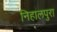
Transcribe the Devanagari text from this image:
निहालपुरा